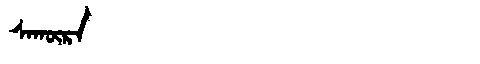
Manchu: ᠰᠠᡴᡡᡵᠠ
Romanization: SAKŪRA